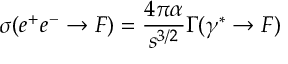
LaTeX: \sigma ( e ^ { + } e ^ { - } \rightarrow F ) = { \frac { 4 \pi \alpha } { s ^ { 3 / 2 } } } \Gamma ( \gamma ^ { * } \rightarrow F )